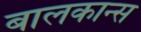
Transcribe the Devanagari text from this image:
बालकान्स